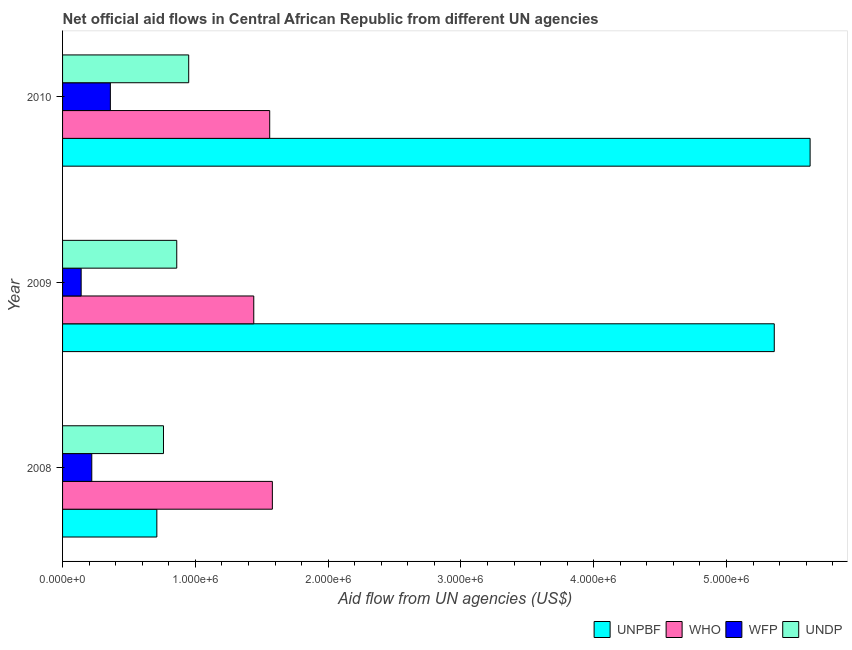
| Year | UNPBF | WHO | WFP | UNDP |
 | --- | --- | --- | --- | --- |
 | 2008 | 7.1e+05 | 1.58e+06 | 2.2e+05 | 7.6e+05 |
 | 2009 | 5.36e+06 | 1.44e+06 | 1.4e+05 | 8.6e+05 |
 | 2010 | 5.63e+06 | 1.56e+06 | 3.6e+05 | 9.5e+05 |